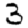
Digit: 3